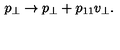
p _ { \bot } \rightarrow p _ { \bot } + p _ { 1 1 } v _ { \bot } .